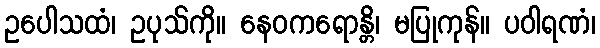
ဥပေါသထံ၊ ဥပုသ်ကို။ နေဝကရောန္တိ၊ မပြုကုန်။ ပဝါရဏံ၊